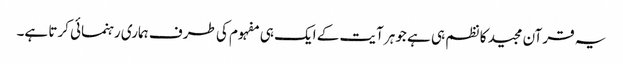
یہ قرآن مجید کا نظم ہی ہے جوہر آیت کے ایک ہی مفہوم کی طرف ہماری رہنمائی کرتا ہے۔